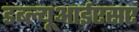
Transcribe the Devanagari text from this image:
डब्ल्यूआईएसए